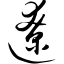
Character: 辽